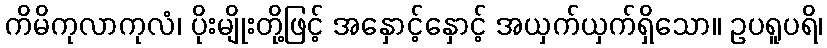
ကိမိကုလာကုလံ၊ ပိုးမျိုးတို့ဖြင့် အနှောင့်နှောင့် အယှက်ယှက်ရှိသော။ ဥပရူပရိ၊